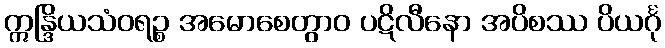
ဣန္ဒြိယသံဝရဉ္စ အမောစေတွာဝ ပဋိလီနော အပိစဿ ပိယင်္ဂု